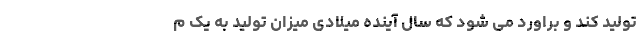
تولید کند و براورد می شود که سال آینده میلادی میزان تولید به یک م